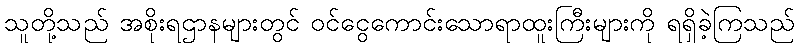
သူတို့သည် အစိုးရဌာနများတွင် ဝင်ငွေကောင်းသောရာထူးကြီးများကို ရရှိခဲ့ကြသည်